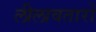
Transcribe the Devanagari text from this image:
लीलावतारों